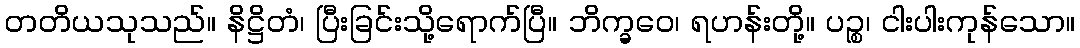
တတိယသုသည်။ နိဋ္ဌိတံ၊ ပြီးခြင်းသို့ရောက်ပြီ။ ဘိက္ခဝေ၊ ရဟန်းတို့။ ပဉ္စ၊ ငါးပါးကုန်သော။